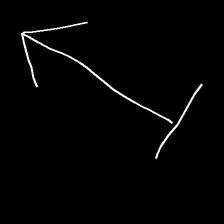
Glyph: levitation